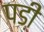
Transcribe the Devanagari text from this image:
पडी़